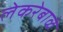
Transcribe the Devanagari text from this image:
लेकरेबाळे